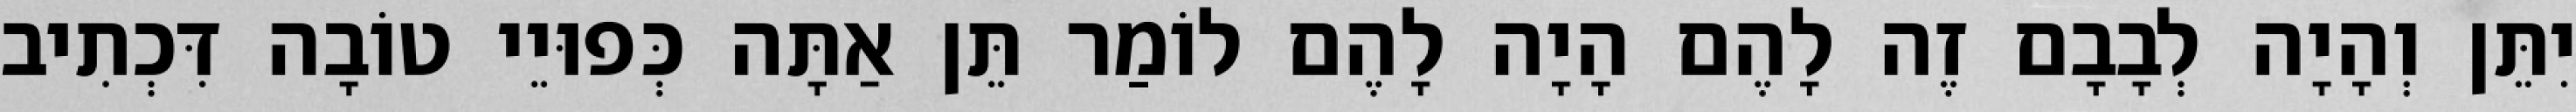
יִתֵּן וְהָיָה לְבָבָם זֶה לָהֶם הָיָה לָהֶם לוֹמַר תֵּן אַתָּה כְּפוּיֵי טוֹבָה דִּכְתִיב